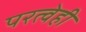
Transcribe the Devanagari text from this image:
परत्वेही